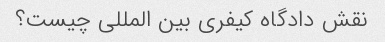
نقش دادگاه کیفری بین المللی چیست؟